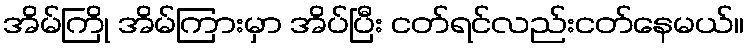
အိမ်ကြို အိမ်ကြားမှာ အိပ်ပြီး ငတ်ရင်လည်းငတ်နေမယ်။